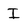
Character: I